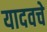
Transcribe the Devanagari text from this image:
यादवचे